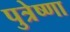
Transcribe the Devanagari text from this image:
पुत्रेष्णा